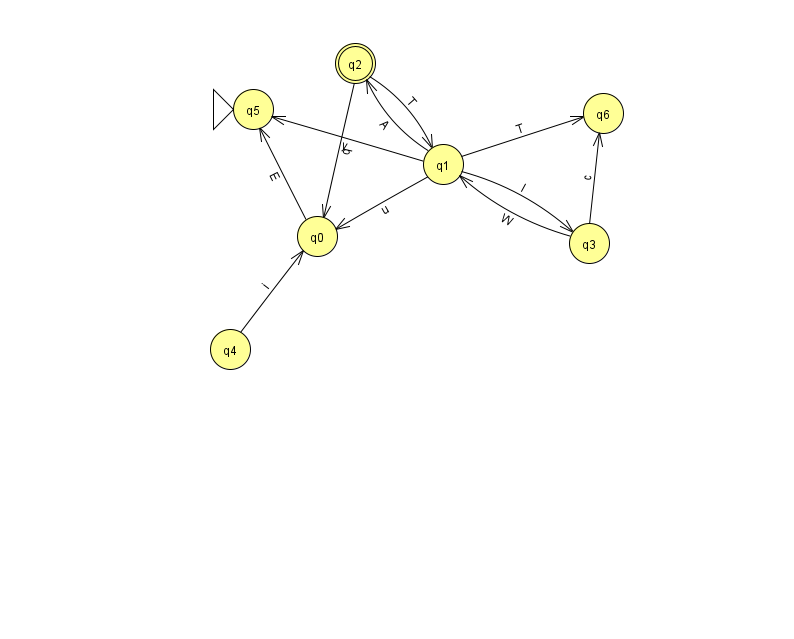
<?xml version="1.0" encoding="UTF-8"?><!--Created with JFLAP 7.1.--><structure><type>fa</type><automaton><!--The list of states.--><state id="0" name="q0"><x>317.0</x><y>223.0</y></state><state id="1" name="q1"><x>443.0</x><y>151.0</y></state><state id="2" name="q2"><x>355.0</x><y>50.0</y><final/></state><state id="3" name="q3"><x>589.0</x><y>230.0</y></state><state id="4" name="q4"><x>230.0</x><y>336.0</y></state><state id="5" name="q5"><x>253.0</x><y>96.0</y><initial/></state><state id="6" name="q6"><x>603.0</x><y>100.0</y></state><!--The list of transitions.--><transition><from>1</from><to>5</to><read>y</read></transition><transition><from>2</from><to>1</to><read>T</read></transition><transition><from>1</from><to>2</to><read>A</read></transition><transition><from>3</from><to>1</to><read>W</read></transition><transition><from>2</from><to>0</to><read>q</read></transition><transition><from>1</from><to>0</to><read>u</read></transition><transition><from>1</from><to>6</to><read>T</read></transition><transition><from>4</from><to>0</to><read>i</read></transition><transition><from>1</from><to>3</to><read>I</read></transition><transition><from>3</from><to>6</to><read>c</read></transition><transition><from>0</from><to>5</to><read>E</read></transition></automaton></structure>